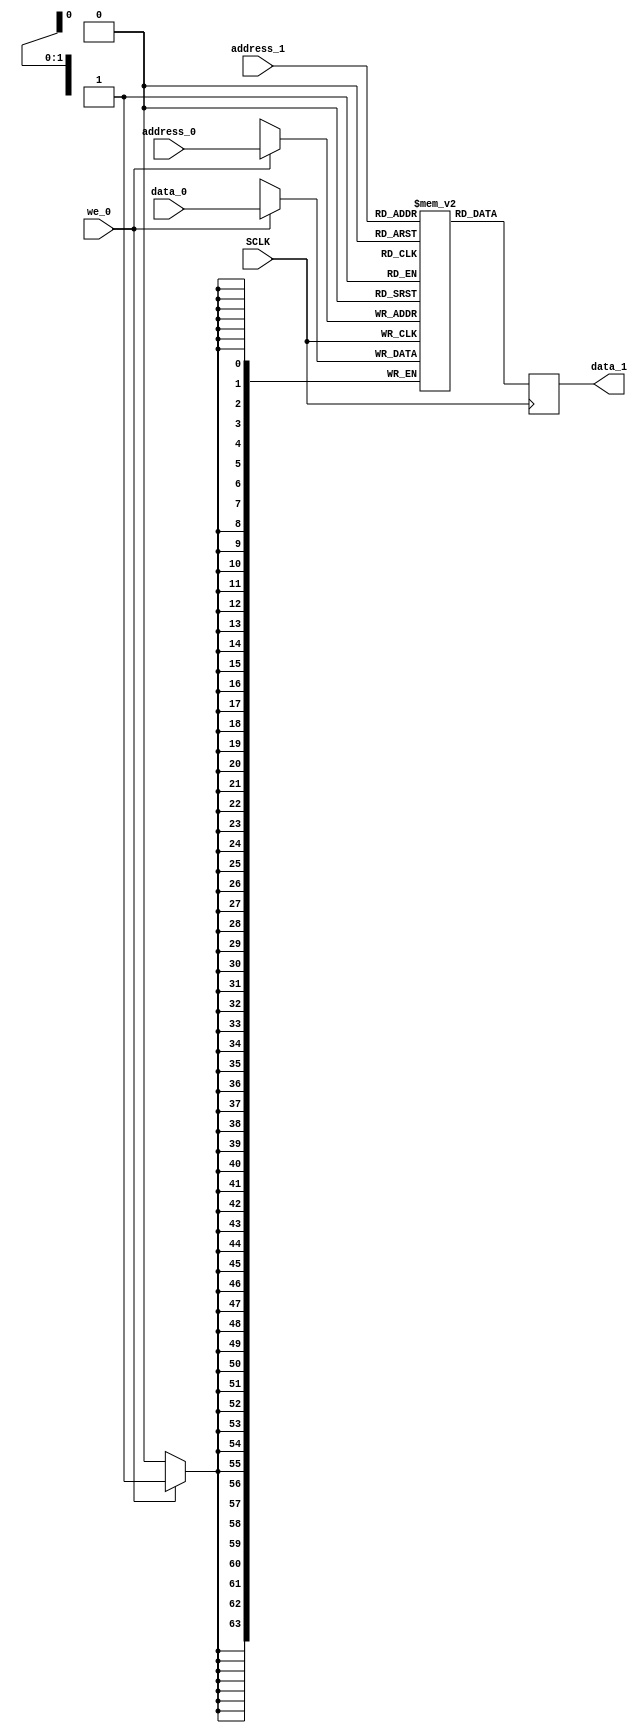
//--------------------------------------------------
//-- -----------------------------------------------------------------------------                                                                                                                                                                 
//--    Crevinn Teoranta                                                                                                                                                          
//-- -----------------------------------------------------------------------------                                                                                                                                                                 
//-- Author      : $Author:      darrenc                                                                                                                        
//-- Date        : $Date: 2010-04-29 14:34:52 $                                                                                                                                                                 
//-- Revision    : $Revision: 1.11 $                                                                                                                                                                 
//-- Location    : $URL: $                                                                                                                                                                 
//-- -----------------------------------------------------------------------------                                                                                                                                                                 
//--------------------------------------------------


module ram_simple_dp (
                     SCLK,       // system clock
                     address_0,  // write address
                     data_0,     // input data
                     we_0,       // input write enable
                     address_1,  // read address
                     data_1     // output data
                     ); 
		     

//parameter FIF_DEPTH         = `FIF_DEPTH_DEF;
//parameter DATA_WIDTH         = `FIFO_DATA_WIDTH_DEF;
parameter FIF_DEPTH         = 3;
parameter DATA_WIDTH         = 64;
parameter FIF_ADDR_WIDTH = $clog2(FIF_DEPTH);

localparam FIFOTOP = (FIF_DEPTH) - 1;

//  input ports
input SCLK;
input [FIF_ADDR_WIDTH-1 : 0] address_0; 
input we_0 ;
input [FIF_ADDR_WIDTH-1 : 0] address_1; 
input [(DATA_WIDTH - 1) : 0] data_0;

//  output ports 
output [(DATA_WIDTH - 1) : 0] data_1; 
reg [(DATA_WIDTH - 1) : 0] data_1;

//  local signals
reg [(DATA_WIDTH - 1) : 0] mem [0 : (FIFOTOP)];


// First Port of RAM
// Memory Write Block 
always @ (posedge SCLK)
begin : write_mem
  if ( we_0 ) begin
     mem[address_0] <= data_0;
  end
end


// Second Port of RAM
// Memory Read Block
always @ (posedge SCLK)
begin : read_mem
    data_1 <= mem[address_1]; 
end

endmodule // End of ram_simple_dp